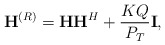
\begin{align*}\mathbf{H}^{(R)} = \mathbf{H}\mathbf{H}^H + \frac{KQ}{P_{T}}\mathbf{I},\end{align*}